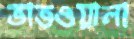
ভাতওয়ালা